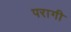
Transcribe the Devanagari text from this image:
परागी